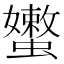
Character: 𰳣